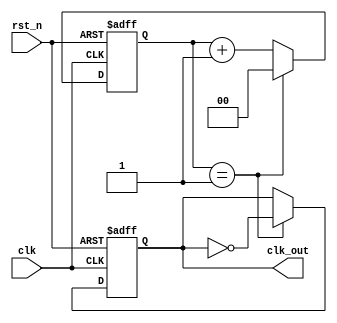
`timescale 1ns / 1ps

module div_even #(
    parameter    fre_div = 4    //frequency division
) (
    input            clk,
    input            rst_n,
    output reg       clk_out
);

reg  [fre_div/2-1:0]    cnt;  

always @(posedge clk or negedge rst_n) begin
   if (!rst_n) begin
       cnt     <= 0;
       clk_out <= 1'b0;
   end
   else if (cnt == (fre_div/2-1)) begin
       cnt     <= 0;
       clk_out <= ~clk_out;
   end
   else
       cnt <= cnt + 1;
end

endmodule